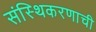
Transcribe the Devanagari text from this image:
संस्थिकरणाची